38_143685_box_Incident_Summaries_173-233
Agency: Department of War
Page 5
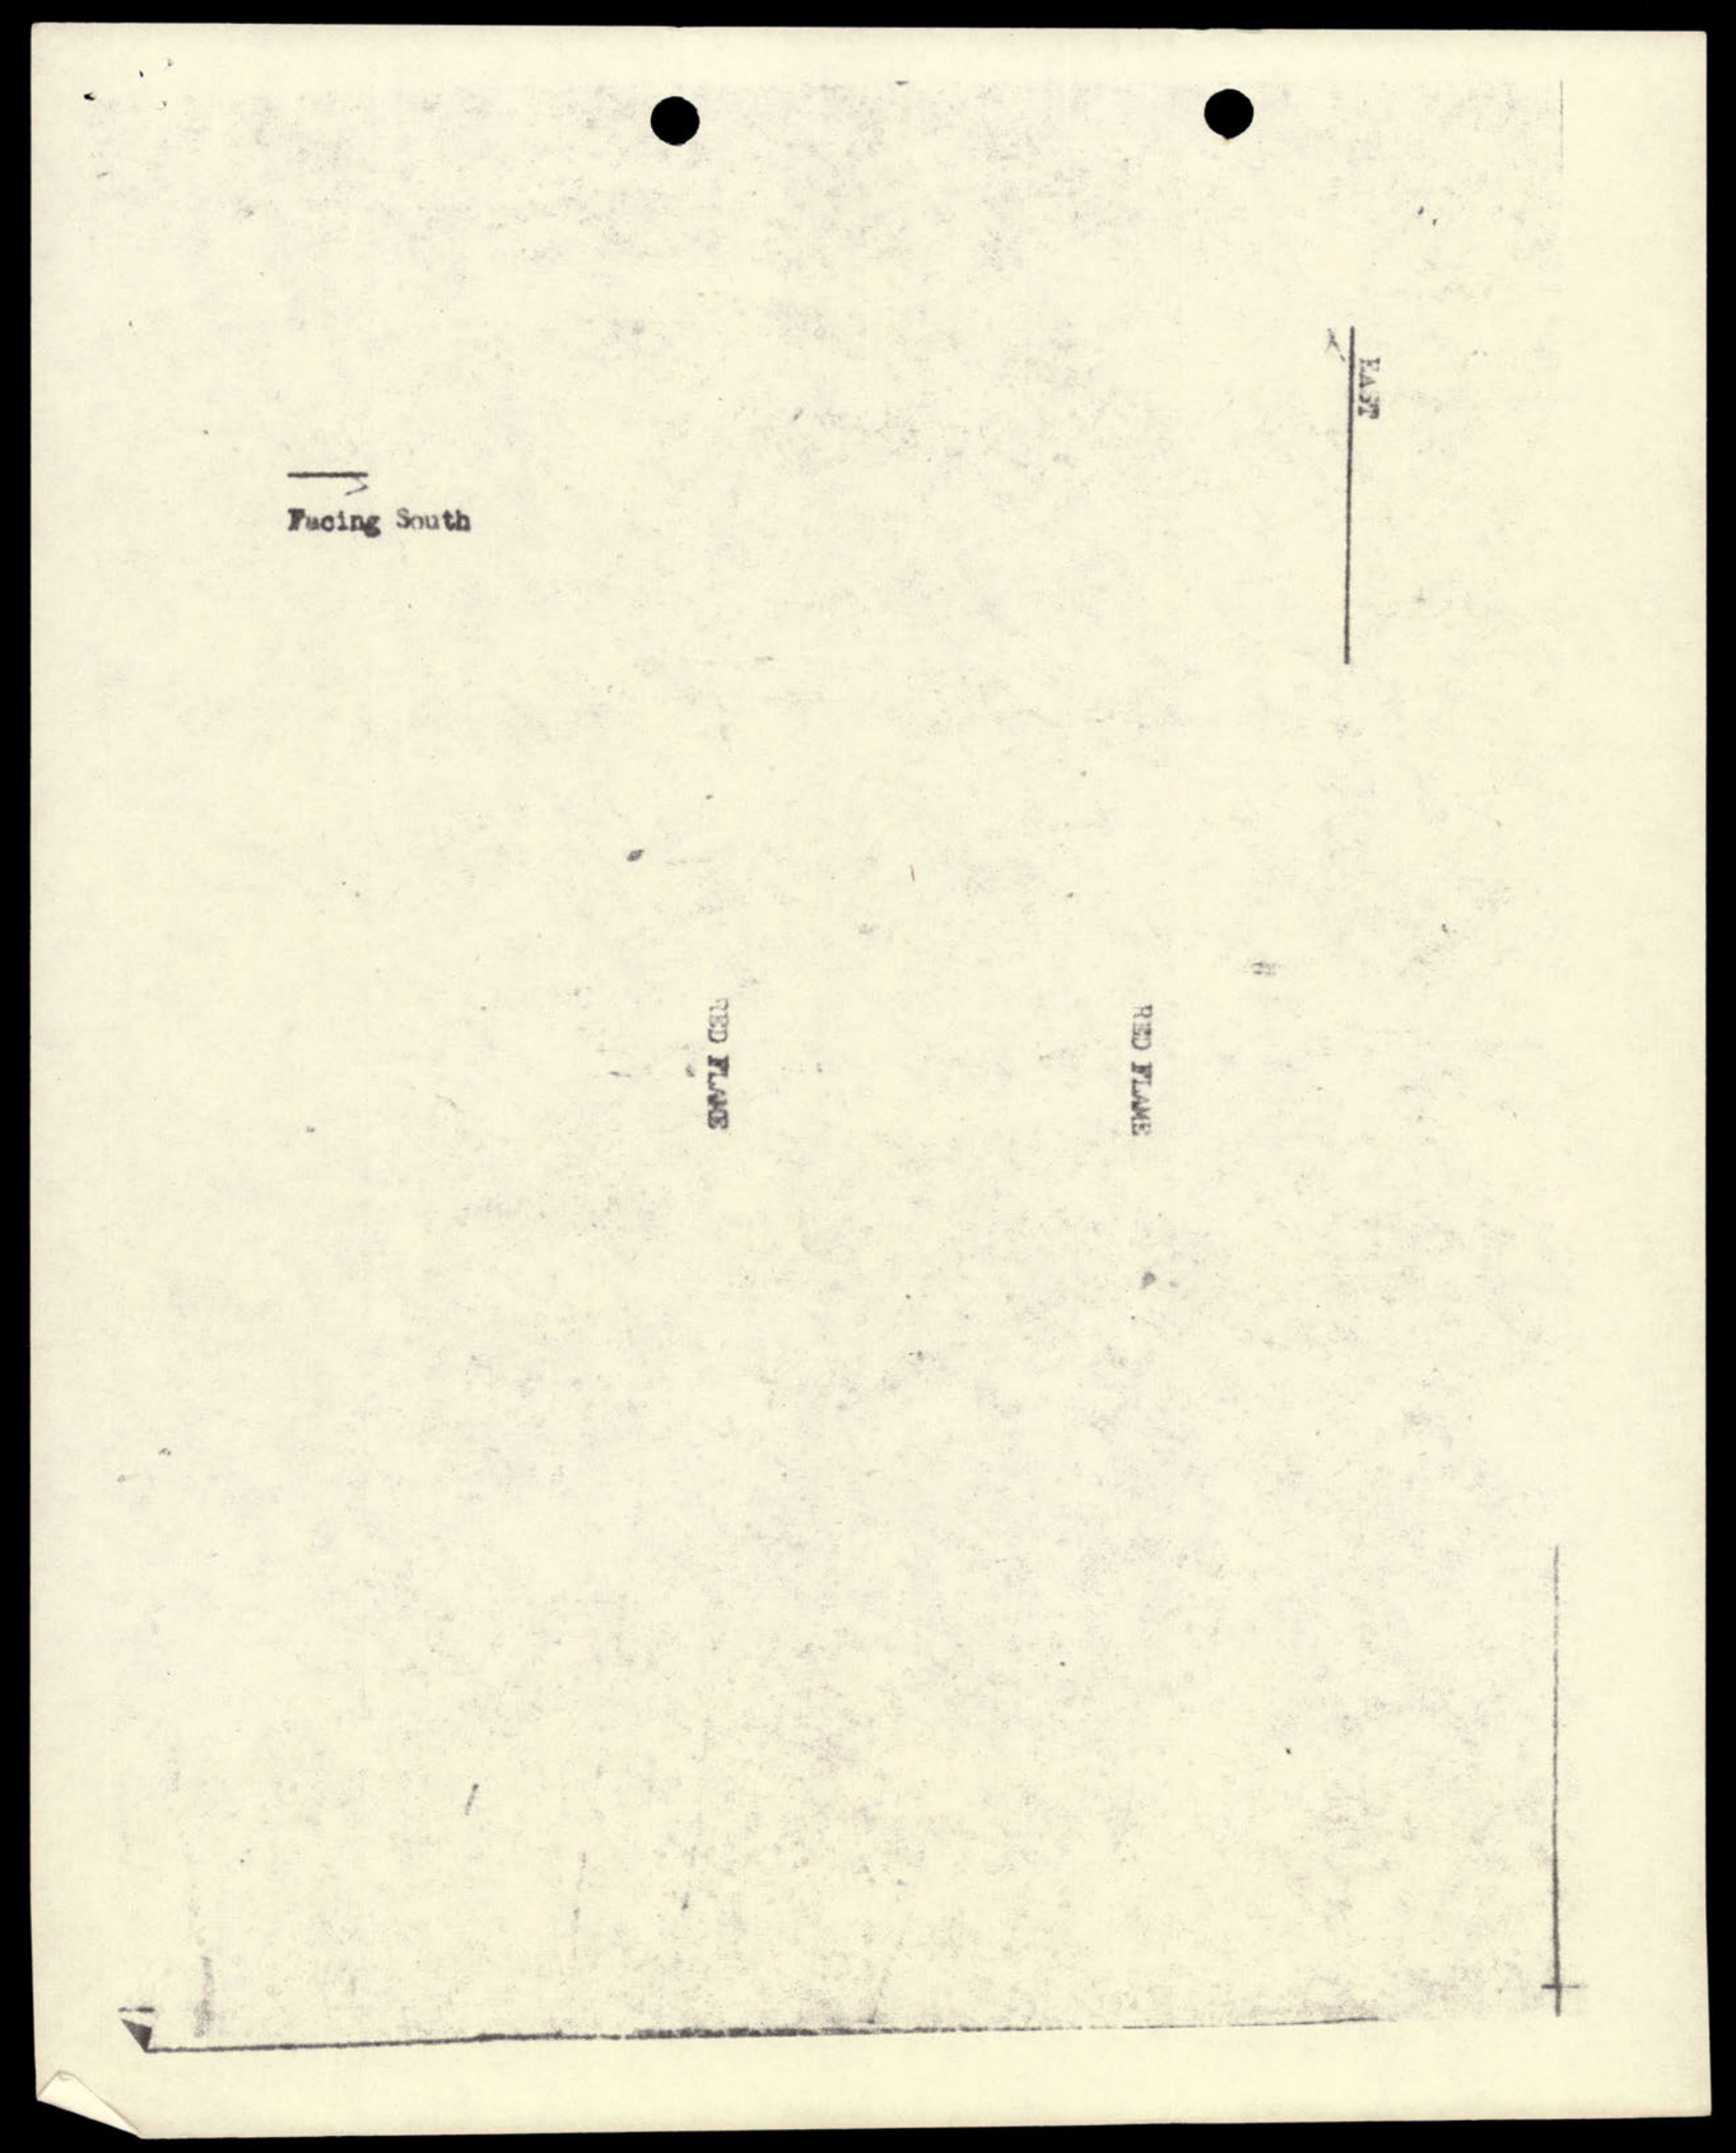